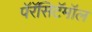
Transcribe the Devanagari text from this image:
पॅरॅसिटॅमॉल